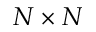
N \times N